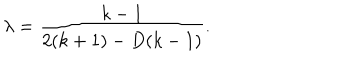
LaTeX: \lambda = \frac { k - 1 } { 2 ( k + 1 ) - D ( k - 1 ) } .